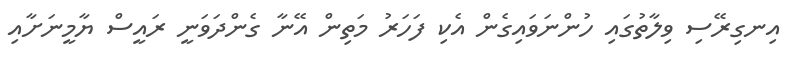
އިނގިރޭސި ވިލާތުގައި ހުންނަވައިގެން އެކި ފަހަރު މަތިން އޭނާ ގެންދަވަނީ ރައީސް ޔާމީނަށާއި